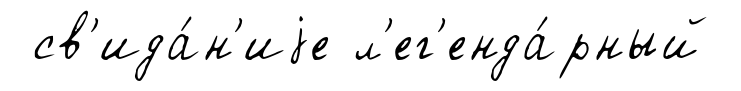
св'ида́н'иjе л'ег'енда́рный